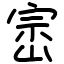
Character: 崈